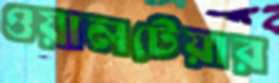
ওয়ালটেয়ার